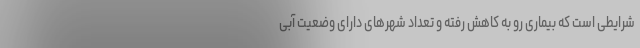
شرایطی است که بیماری رو به کاهش رفته و تعداد شهرهای دارای وضعیت آبی